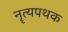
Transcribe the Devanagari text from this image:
नॄत्यपथक